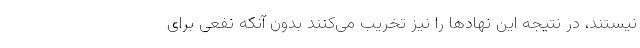
نیستند، در نتیجه این نهادها را نیز تخریب می‌کنند بدون آنکه نفعی برای